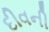
દીવની